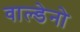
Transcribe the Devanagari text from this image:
वाल्डेनो